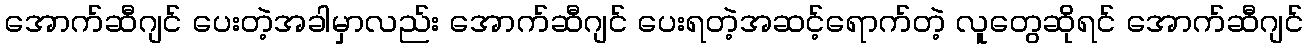
အောက်ဆီဂျင် ပေးတဲ့အခါမှာလည်း အောက်ဆီဂျင် ပေးရတဲ့အဆင့်ရောက်တဲ့ လူတွေဆိုရင် အောက်ဆီဂျင်